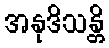
အနုဒိသန္တိ